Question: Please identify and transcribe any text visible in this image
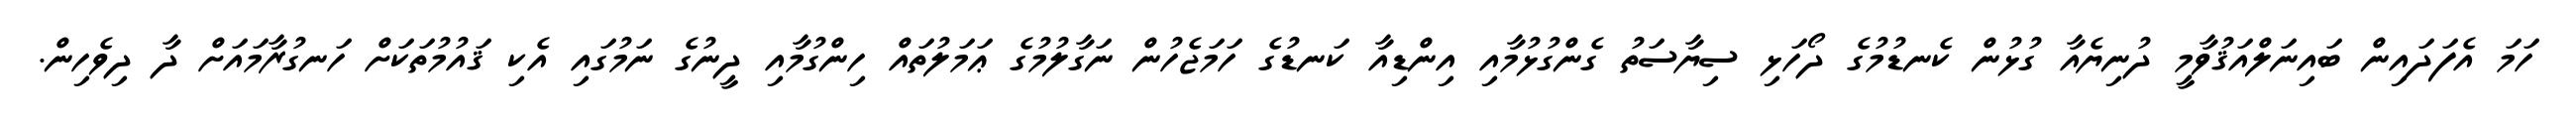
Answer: ހަމަ އެފަދައިން ބައިނަލްއަޤުވާމީ ދުނިޔެއާ ގުޅުން ކެނޑުމުގެ ދޯހަޅި ސިޔާސަތު ގެންގުޅުމާއި އިންޑިއާ ކަނޑުގެ ހަމަޖެހުން ނަގާލުމުގެ ޢަމަލުތައް ހިންގުމާއި ދީނުގެ ނަމުގައި އެކި ޤައުމުތަކަށް ހަނގުރާމައަށް ދާ ދިވެހިން.